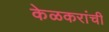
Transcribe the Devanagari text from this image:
केळकरांची